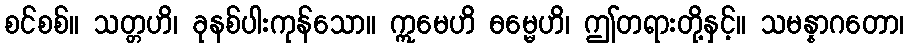
စင်စစ်။ သတ္တဟိ၊ ခုနစ်ပါးကုန်သော။ ဣမေဟိ ဓမ္မေဟိ၊ ဤတရားတို့နှင့်။ သမန္နာဂတော၊